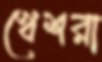
খেশরা